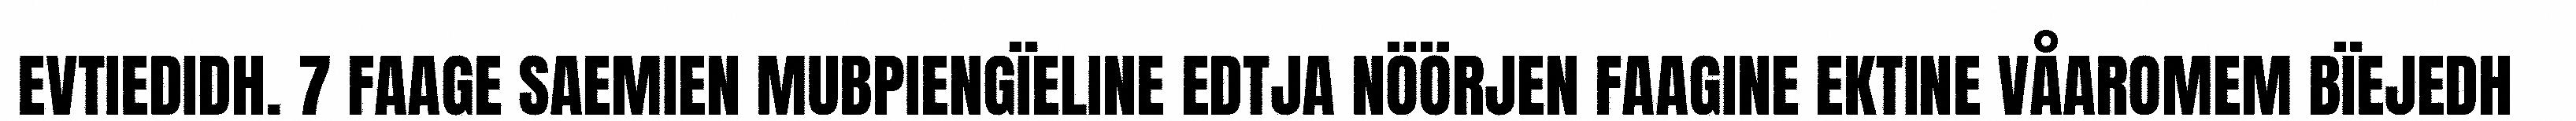
EVTIEDIDH. 7 FAAGE SAEMIEN MUBPIENGÏELINE EDTJA NÖÖRJEN FAAGINE EKTINE VÅAROMEM BÏEJEDH